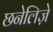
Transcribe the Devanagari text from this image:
छनेलिज़े